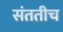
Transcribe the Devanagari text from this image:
संततीच